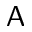
\textsf { A }